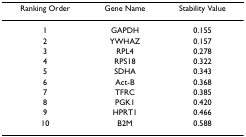
<table><thead><tr><td><b>Ranking Order</b></td><td><b>Gene Name</b></td><td><b>Stability Value</b></td></tr></thead><tbody><tr><td>1</td><td>GAPDH</td><td>0.155</td></tr><tr><td>2</td><td>YWHAZ</td><td>0.157</td></tr><tr><td>3</td><td>RPL4</td><td>0.278</td></tr><tr><td>4</td><td>RPS18</td><td>0.322</td></tr><tr><td>5</td><td>SDHA</td><td>0.343</td></tr><tr><td>6</td><td>Act-B</td><td>0.368</td></tr><tr><td>7</td><td>TFRC</td><td>0.385</td></tr><tr><td>8</td><td>PGK1</td><td>0.420</td></tr><tr><td>9</td><td>HPRT1</td><td>0.466</td></tr><tr><td>10</td><td>B2M</td><td>0.588</td></tr></tbody></table>